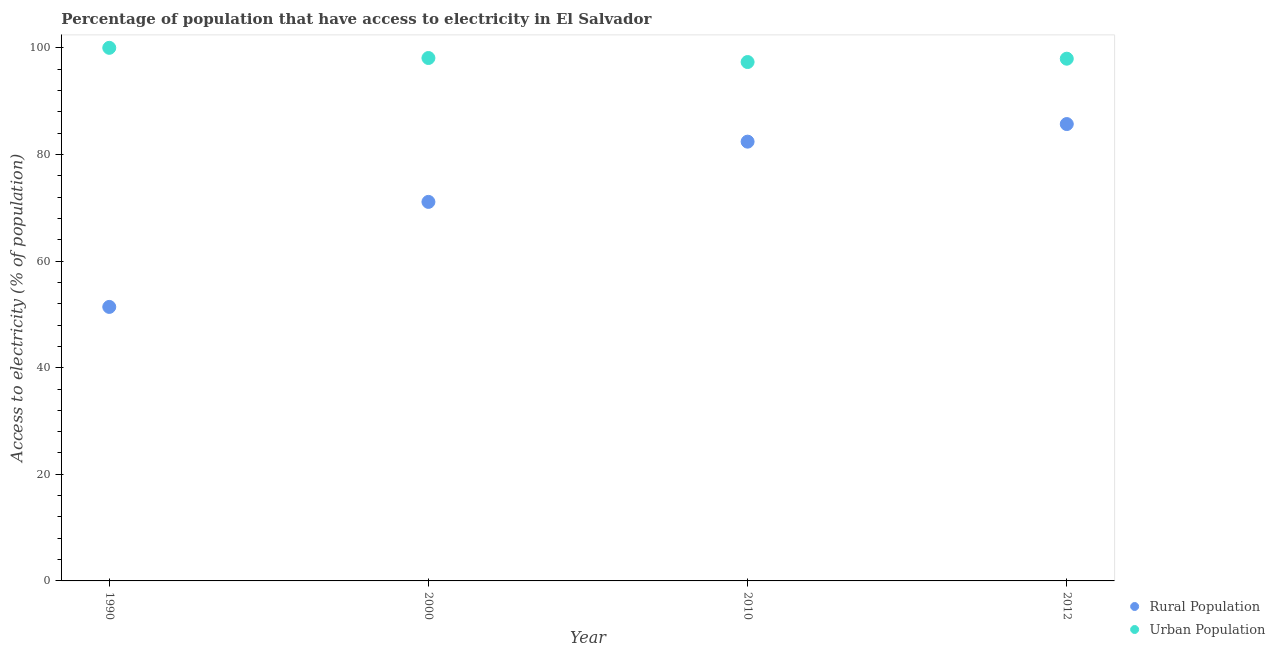
| Year | Rural Population | Urban Population |
 | --- | --- | --- |
 | 1990 | 51.4 | 100 |
 | 2000 | 71.1 | 98.1 |
 | 2010 | 82.4 | 97.3 |
 | 2012 | 85.7 | 98 |